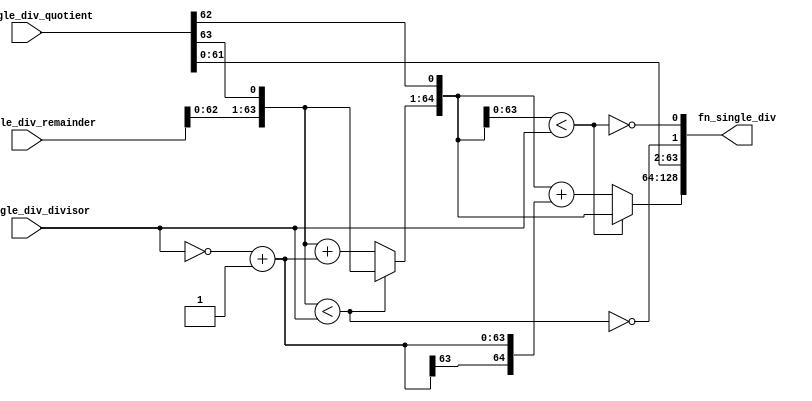
//
// Generated by Bluespec Compiler, version 2022.01-5-ge3edf4b1 (build e3edf4b1)
//
// On Fri Apr 15 12:46:03 EDT 2022
//
//
// Ports:
// Name                         I/O  size props
// fn_single_div                  O   129
// fn_single_div_remainder        I    65
// fn_single_div_quotient         I    64
// fn_single_div_divisor          I    64
//
// Combinational paths from inputs to outputs:
//   (fn_single_div_remainder,
//    fn_single_div_quotient,
//    fn_single_div_divisor) -> fn_single_div
//
//

`ifdef BSV_ASSIGNMENT_DELAY
`else
  `define BSV_ASSIGNMENT_DELAY
`endif

`ifdef BSV_POSITIVE_RESET
  `define BSV_RESET_VALUE 1'b1
  `define BSV_RESET_EDGE posedge
`else
  `define BSV_RESET_VALUE 1'b0
  `define BSV_RESET_EDGE negedge
`endif

module module_fn_single_div(fn_single_div_remainder,
			    fn_single_div_quotient,
			    fn_single_div_divisor,
			    fn_single_div);
  // value method fn_single_div
  input  [64 : 0] fn_single_div_remainder;
  input  [63 : 0] fn_single_div_quotient;
  input  [63 : 0] fn_single_div_divisor;
  output [128 : 0] fn_single_div;

  // signals for module outputs
  wire [128 : 0] fn_single_div;

  // remaining internal signals
  wire [64 : 0] IF_fn_single_div_remainder_BITS_62_TO_0_CONCAT_ETC___d11,
		SEXT_INV_fn_single_div_divisor_PLUS_1____d9,
		remainder__h71,
		remainder__h82,
		sub__h73,
		sub__h84,
		x__h24;
  wire [63 : 0] x__h171, x__h176;
  wire IF_fn_single_div_remainder_BITS_62_TO_0_CONCAT_ETC___d15,
       fn_single_div_remainder_BITS_62_TO_0_CONCAT_fn_ETC___d4;

  // value method fn_single_div
  assign fn_single_div = { x__h24, x__h176 } ;

  // remaining internal signals
  assign IF_fn_single_div_remainder_BITS_62_TO_0_CONCAT_ETC___d11 =
	     fn_single_div_remainder_BITS_62_TO_0_CONCAT_fn_ETC___d4 ?
	       remainder__h82 :
	       sub__h84 ;
  assign IF_fn_single_div_remainder_BITS_62_TO_0_CONCAT_ETC___d15 =
	     { IF_fn_single_div_remainder_BITS_62_TO_0_CONCAT_ETC___d11[62:0],
	       fn_single_div_quotient[62] } <
	     fn_single_div_divisor ;
  assign SEXT_INV_fn_single_div_divisor_PLUS_1____d9 =
	     { x__h171[63], x__h171 } ;
  assign fn_single_div_remainder_BITS_62_TO_0_CONCAT_fn_ETC___d4 =
	     { fn_single_div_remainder[62:0], fn_single_div_quotient[63] } <
	     fn_single_div_divisor ;
  assign remainder__h71 =
	     { IF_fn_single_div_remainder_BITS_62_TO_0_CONCAT_ETC___d11[63:0],
	       fn_single_div_quotient[62] } ;
  assign remainder__h82 =
	     { fn_single_div_remainder[63:0], fn_single_div_quotient[63] } ;
  assign sub__h73 =
	     remainder__h71 + SEXT_INV_fn_single_div_divisor_PLUS_1____d9 ;
  assign sub__h84 =
	     remainder__h82 + SEXT_INV_fn_single_div_divisor_PLUS_1____d9 ;
  assign x__h171 = ~fn_single_div_divisor + 64'd1 ;
  assign x__h176 =
	     { fn_single_div_quotient[61:0],
	       !fn_single_div_remainder_BITS_62_TO_0_CONCAT_fn_ETC___d4,
	       !IF_fn_single_div_remainder_BITS_62_TO_0_CONCAT_ETC___d15 } ;
  assign x__h24 =
	     IF_fn_single_div_remainder_BITS_62_TO_0_CONCAT_ETC___d15 ?
	       remainder__h71 :
	       sub__h73 ;
endmodule  // module_fn_single_div